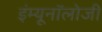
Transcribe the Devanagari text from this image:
इंम्यूनॉलोजी